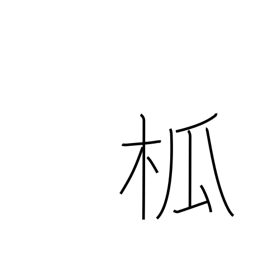
Meaning: spire